Proceedings of the meeting of veterinary officers in India
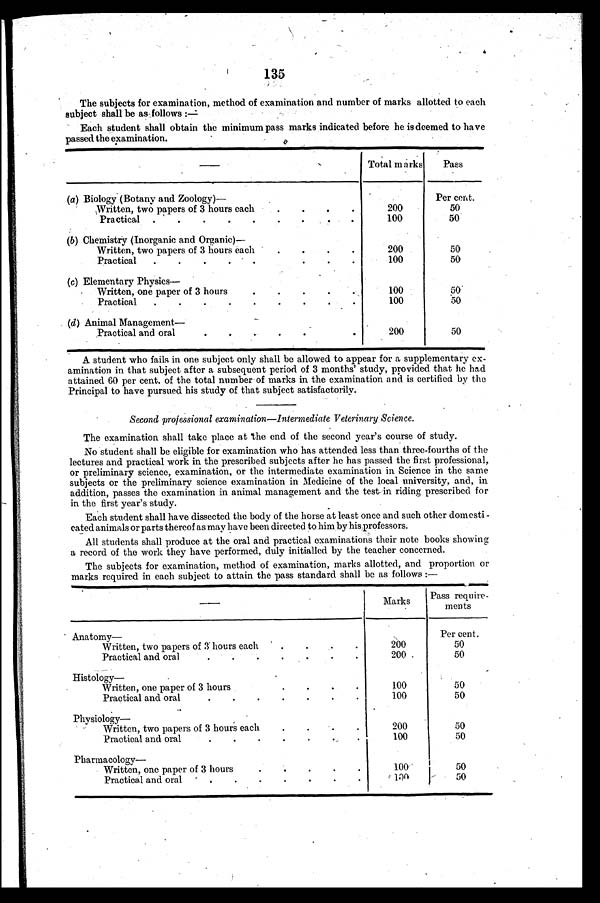
135
The subjects for examination, method of examination and number of marks allotted to each
subject shall be as follows:—
Each student shall obtain the minimum pass marks indicated before he is deemed to have
passed the examination.
—
(a) Biology (Botany and Zoology)—
Written, two papers of 3 hours each
.
.
.
.
Practical .
.
.
.
.
.
.
.
.
(b) Chemistry (Inorganic and Organic)—
Written, two papers of 3 hours each
.
.
.
.
Practical
.
.
.
.
.
.
.
.
(c) Elementary Physics—
Written, one paper of 3 hours
.
.
.
.
.
Practical
.
.
.
.
.
.
.
.
.
(d) Animal Management—
Practical and oral
.
.
.
.
.
Total marks
200
100
200
100
100
100
200
Pass
Per cent.
50
50
50
50
50
50
50
A student who fails in one subject only shall be allowed to appear for a supplementary ex-
amination in that subject after a subsequent period of 3 months' study, provided that he had
attained 60 per cent. of the total number of marks in the examination and is certified by the
Principal to have pursued his study of that subject satisfactorily.
Second professional examination—Intermediate Veterinary Science.
The examination shall take place at the end of the second year's course of study.
No student shall be eligible for examination who has attended less than three-fourths of the
lectures and practical work in the prescribed subjects after he has passed the first professional,
or preliminary science, examination, or the intermediate examination in Science in the same
subjects or the preliminary science examination in Medicine of the local university, and, in
addition, passes the examination in animal management and the test in riding prescribed for
in the first year's study.
Each student shall have dissected the body of the horse at least once and such other domesti -
cated animals or parts thereof as may have been directed to him by his professors.
All students shall produce at the oral and practical examinations their note books showing
a record of the work they have performed, duly initialled by the teacher concerned.
The subjects for examination, method of examination, marks allotted, and proportion or
marks required in each subject to attain the pass standard shall be as follows:—
Anatomy—
Written, two papers of 3 hours each
.
.
.
.
Practical and oral
.
.
.
.
.
.
.
Histology—
Written, one paper of 3 hours
.
.
.
.
Practical and oral
.
.
.
.
.
.
.
Physiology—
Written, two papers of 3 hours each
.
.
.
.
Practical and oral
.
.
.
.
.
.
.
Pharmacology—
Written, one paper of 3 hours
.
.
.
.
.
Practical and oral
.
.
.
.
.
.
.
Marks
200
200
100
100
200
100
100
100
Pass require-
ments
Per cent.
50
50
50
50
50
50
50
50